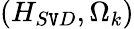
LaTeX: (H_{S\mathtt{V}D},\Omega_{k})